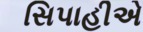
સિપાહીએ